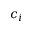
c _ { i }